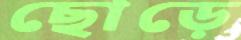
ছোড়ে